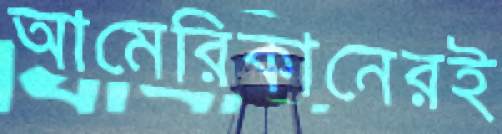
আমেরিকানেরই